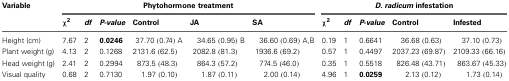
<table><thead><tr><td><b>Variable</b></td><td colspan="6"><b>Phytohormone treatment</b></td><td colspan="5"><b><i>D. radicum</i> infestation</b></td></tr><tr><td></td><td><b>χ<sup>2</sup></b></td><td><b><i>df</i></b></td><td><b><i>P-value</i></b></td><td><b>Control</b></td><td><b>JA</b></td><td><b>SA</b></td><td><b>χ<sup>2</sup></b></td><td><b><i>df</i></b></td><td><b><i>P-value</i></b></td><td><b>Control</b></td><td><b>Infested</b></td></tr></thead><tbody><tr><td>Height (cm)</td><td>7.67</td><td>2</td><td><b>0.0246</b></td><td>37.70 (0.74) A</td><td>34.65 (0.95) B</td><td>36.60 (0.69) A,B</td><td>0.19</td><td>1</td><td>0.6641</td><td>36.68 (0.63)</td><td>37.10 (0.73)</td></tr><tr><td>Plant weight (g)</td><td>4.13</td><td>2</td><td>0.1268</td><td>2131.6 (62.5)</td><td>2082.8 (81.3)</td><td>1936.6 (69.2)</td><td>0.57</td><td>1</td><td>0.4497</td><td>2037.23 (69.87)</td><td>2109.33 (66.16)</td></tr><tr><td>Head weight (g)</td><td>2.41</td><td>2</td><td>0.2994</td><td>873.5 (48.3)</td><td>864.3 (57.2)</td><td>774.5 (46.0)</td><td>0.35</td><td>1</td><td>0.5518</td><td>826.48 (43.71)</td><td>863.67 (45.33)</td></tr><tr><td>Visual quality</td><td>0.68</td><td>2</td><td>0.7130</td><td>1.97 (0.10)</td><td>1.87 (0.11)</td><td>2.00 (0.14)</td><td>4.96</td><td>1</td><td><b>0.0259</b></td><td>2.13 (0.12)</td><td>1.73 (0.14)</td></tr></tbody></table>